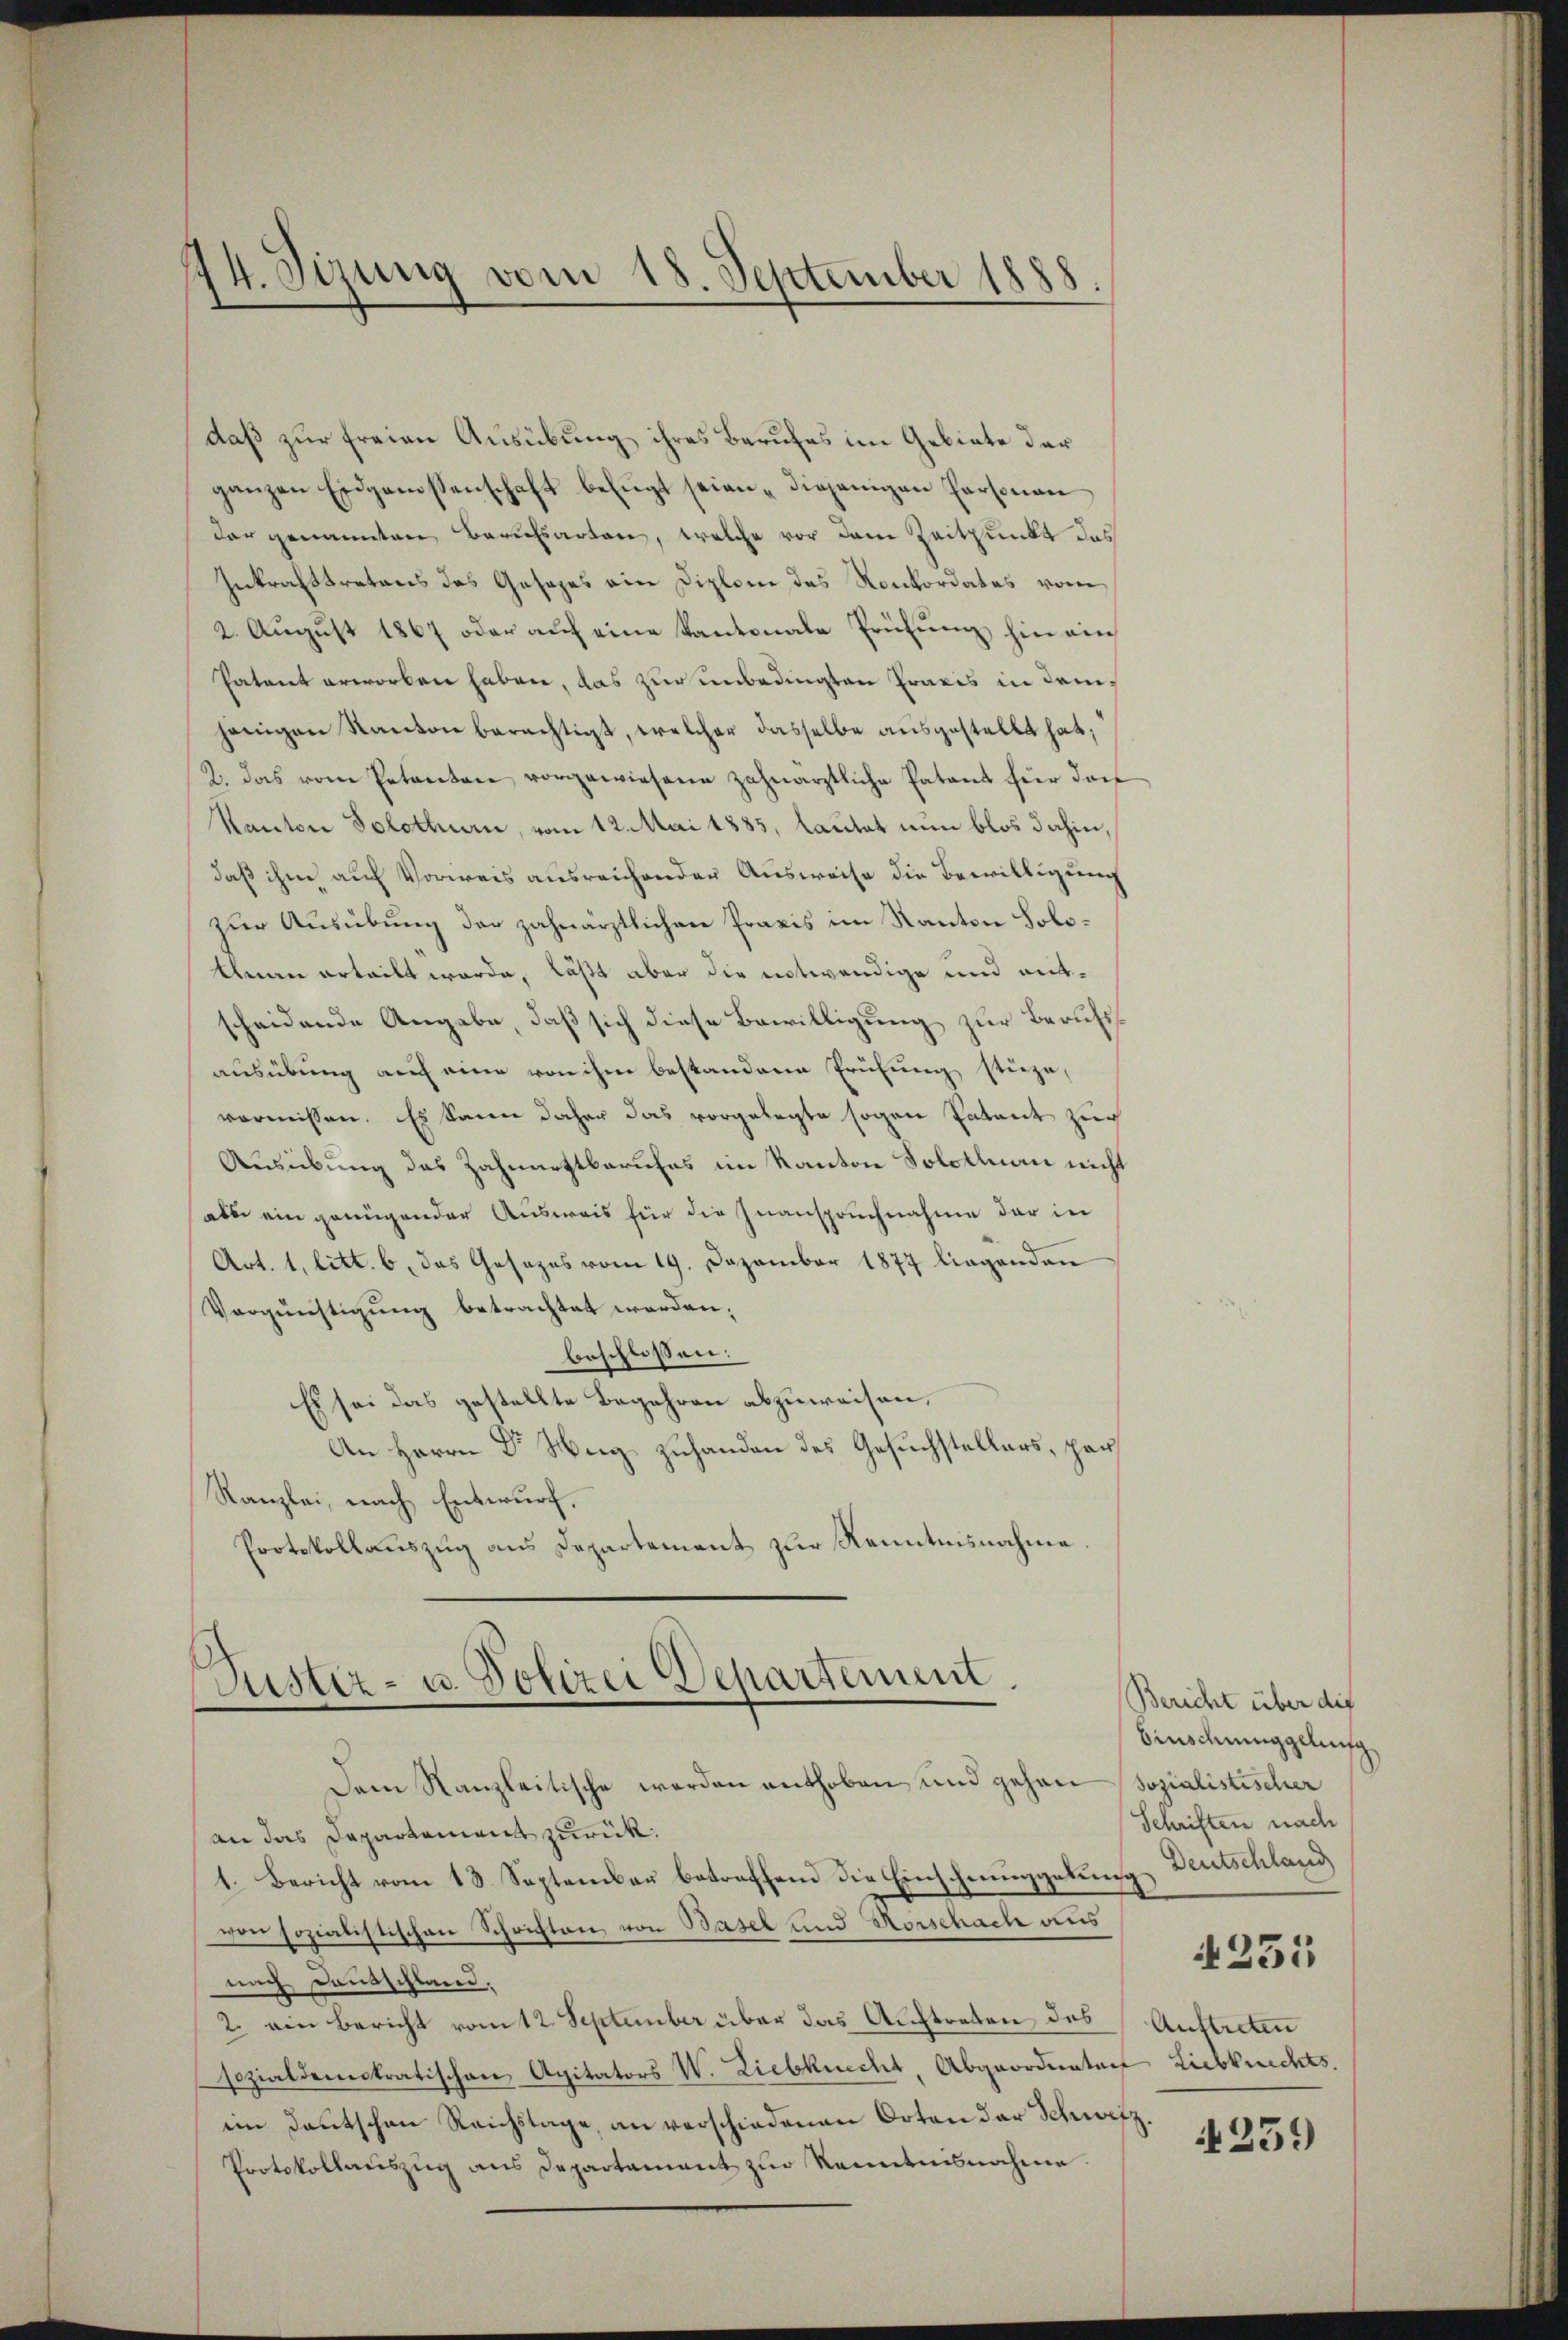
14. Sizung vom 18. September 1888
A

daß zur freien Ausübung ihres Berufes im Gebiete der
ganzen Eidgenossenschaft befugt seien "diejenigen Personan
dar genannten Berufsarten, welche vor dem Zeitpunkt das
Inkrafttretens des Gesezes ein Diplom des Konkordates vom
2. August 1867 oder auf eine Kantonale Prüfung hin ein
Patent erworben haben, das zur unbedingten Praxis in drinjenigen Kanton berechtigt, welcher dasselbe ausgestellt hat,
2. Das vom Petenten vorgewiesene zahnärztliche Patent für dor
Kanton Solothurn, vom 12. Mai 1885, lautet nun blos dahin,
daß ihm auf Vorweis ausreichender Ausweise die Bewilligung
zur Ausübung der zahnärztlichen Praxis im Kanton Solo¬
Ahnen erteilt werde, läßt aber die notwendige und mitscheidende Angabe, daß sich diese Bewilligung zur Berufsausübung auf eine von ihm bestandene Prüfung stüze,
vermissen. Es kann daher das vorgelegte sogen Patent zur
Ausübung des Zahnarztberufes im Kanton Solothurn nicht
ale ein genügender Ausweis für die Zuanspruchnahme der in
Art. 1, litt. b. das Gesezes vom 19. Dezember 1877 liegenden
Vergünstigung betrachtet worden,
beschlossen:
Es sei das gestellte Begehren abzuweisen,
An Herrn Dr Weg zuhanden des Gesuchstellers, par
Kanzlei, nach Entwurf.
Protokollauszug aus Departement zur Kenntnisnahme.
Justiz- u. Polizei Departement.
Dem Kanzleitische werden enthoben und gehen Sozialistischer
an das Departement zurück.
1. Bericht vom 13. September betreffend die Einschmuggelung Deutschland
ven sozialistischen Schrichten von Basel und Vorschach aus
nach Deutschland.
2. ein Bericht vom 12 September über das Auftreten des
sozialdemstratischen Agitators V. Liebknecht, Abgeordneten Liebknechts.
ein Deutschen Reichstage, an verschiedenen Orten der Schutz.
Protokollauszug aus Departament zur Kenntnisnahme

Bericht über die
Einschunggelung
Schriften nach
4231
Auftreten

259